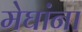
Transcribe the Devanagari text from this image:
मेघांना